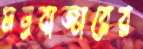
মনুবাজারের